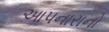
આપનારાનો